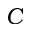
C